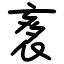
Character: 袲